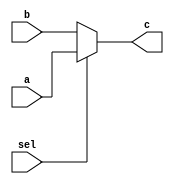
module fivemux(input [4:0] a, input [4:0] b, input sel, output reg [4:0] c);
always@(*) begin
	if(sel) 
	begin
	c = a;
	end
	else 
	begin
	c = b;
	end
end

endmodule